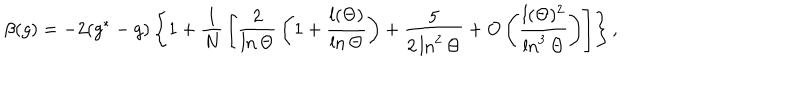
LaTeX: \beta ( g ) = - 2 ( g ^ { * } - g ) \left\{ 1 + { \frac { 1 } { N } } \left[ { \frac { 2 } { \ln \Theta } } \left( 1 + { \frac { l ( \Theta ) } { \ln \Theta } } \right) + { \frac { 5 } { 2 \ln ^ { 2 } \Theta } } + O \left( { \frac { l ( \Theta ) ^ { 2 } } { \ln ^ { 3 } \Theta } } \right) \right] \right\} ,